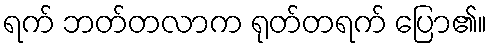
ရက် ဘတ်တလာက ရုတ်တရက် ပြော၏။